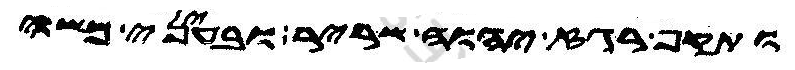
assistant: ותקף רגז יהוה שריר ובעיני משה